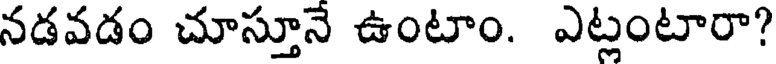
నడవడం చూస్తూనే ఉంటాం. ఎట్లంటారా?